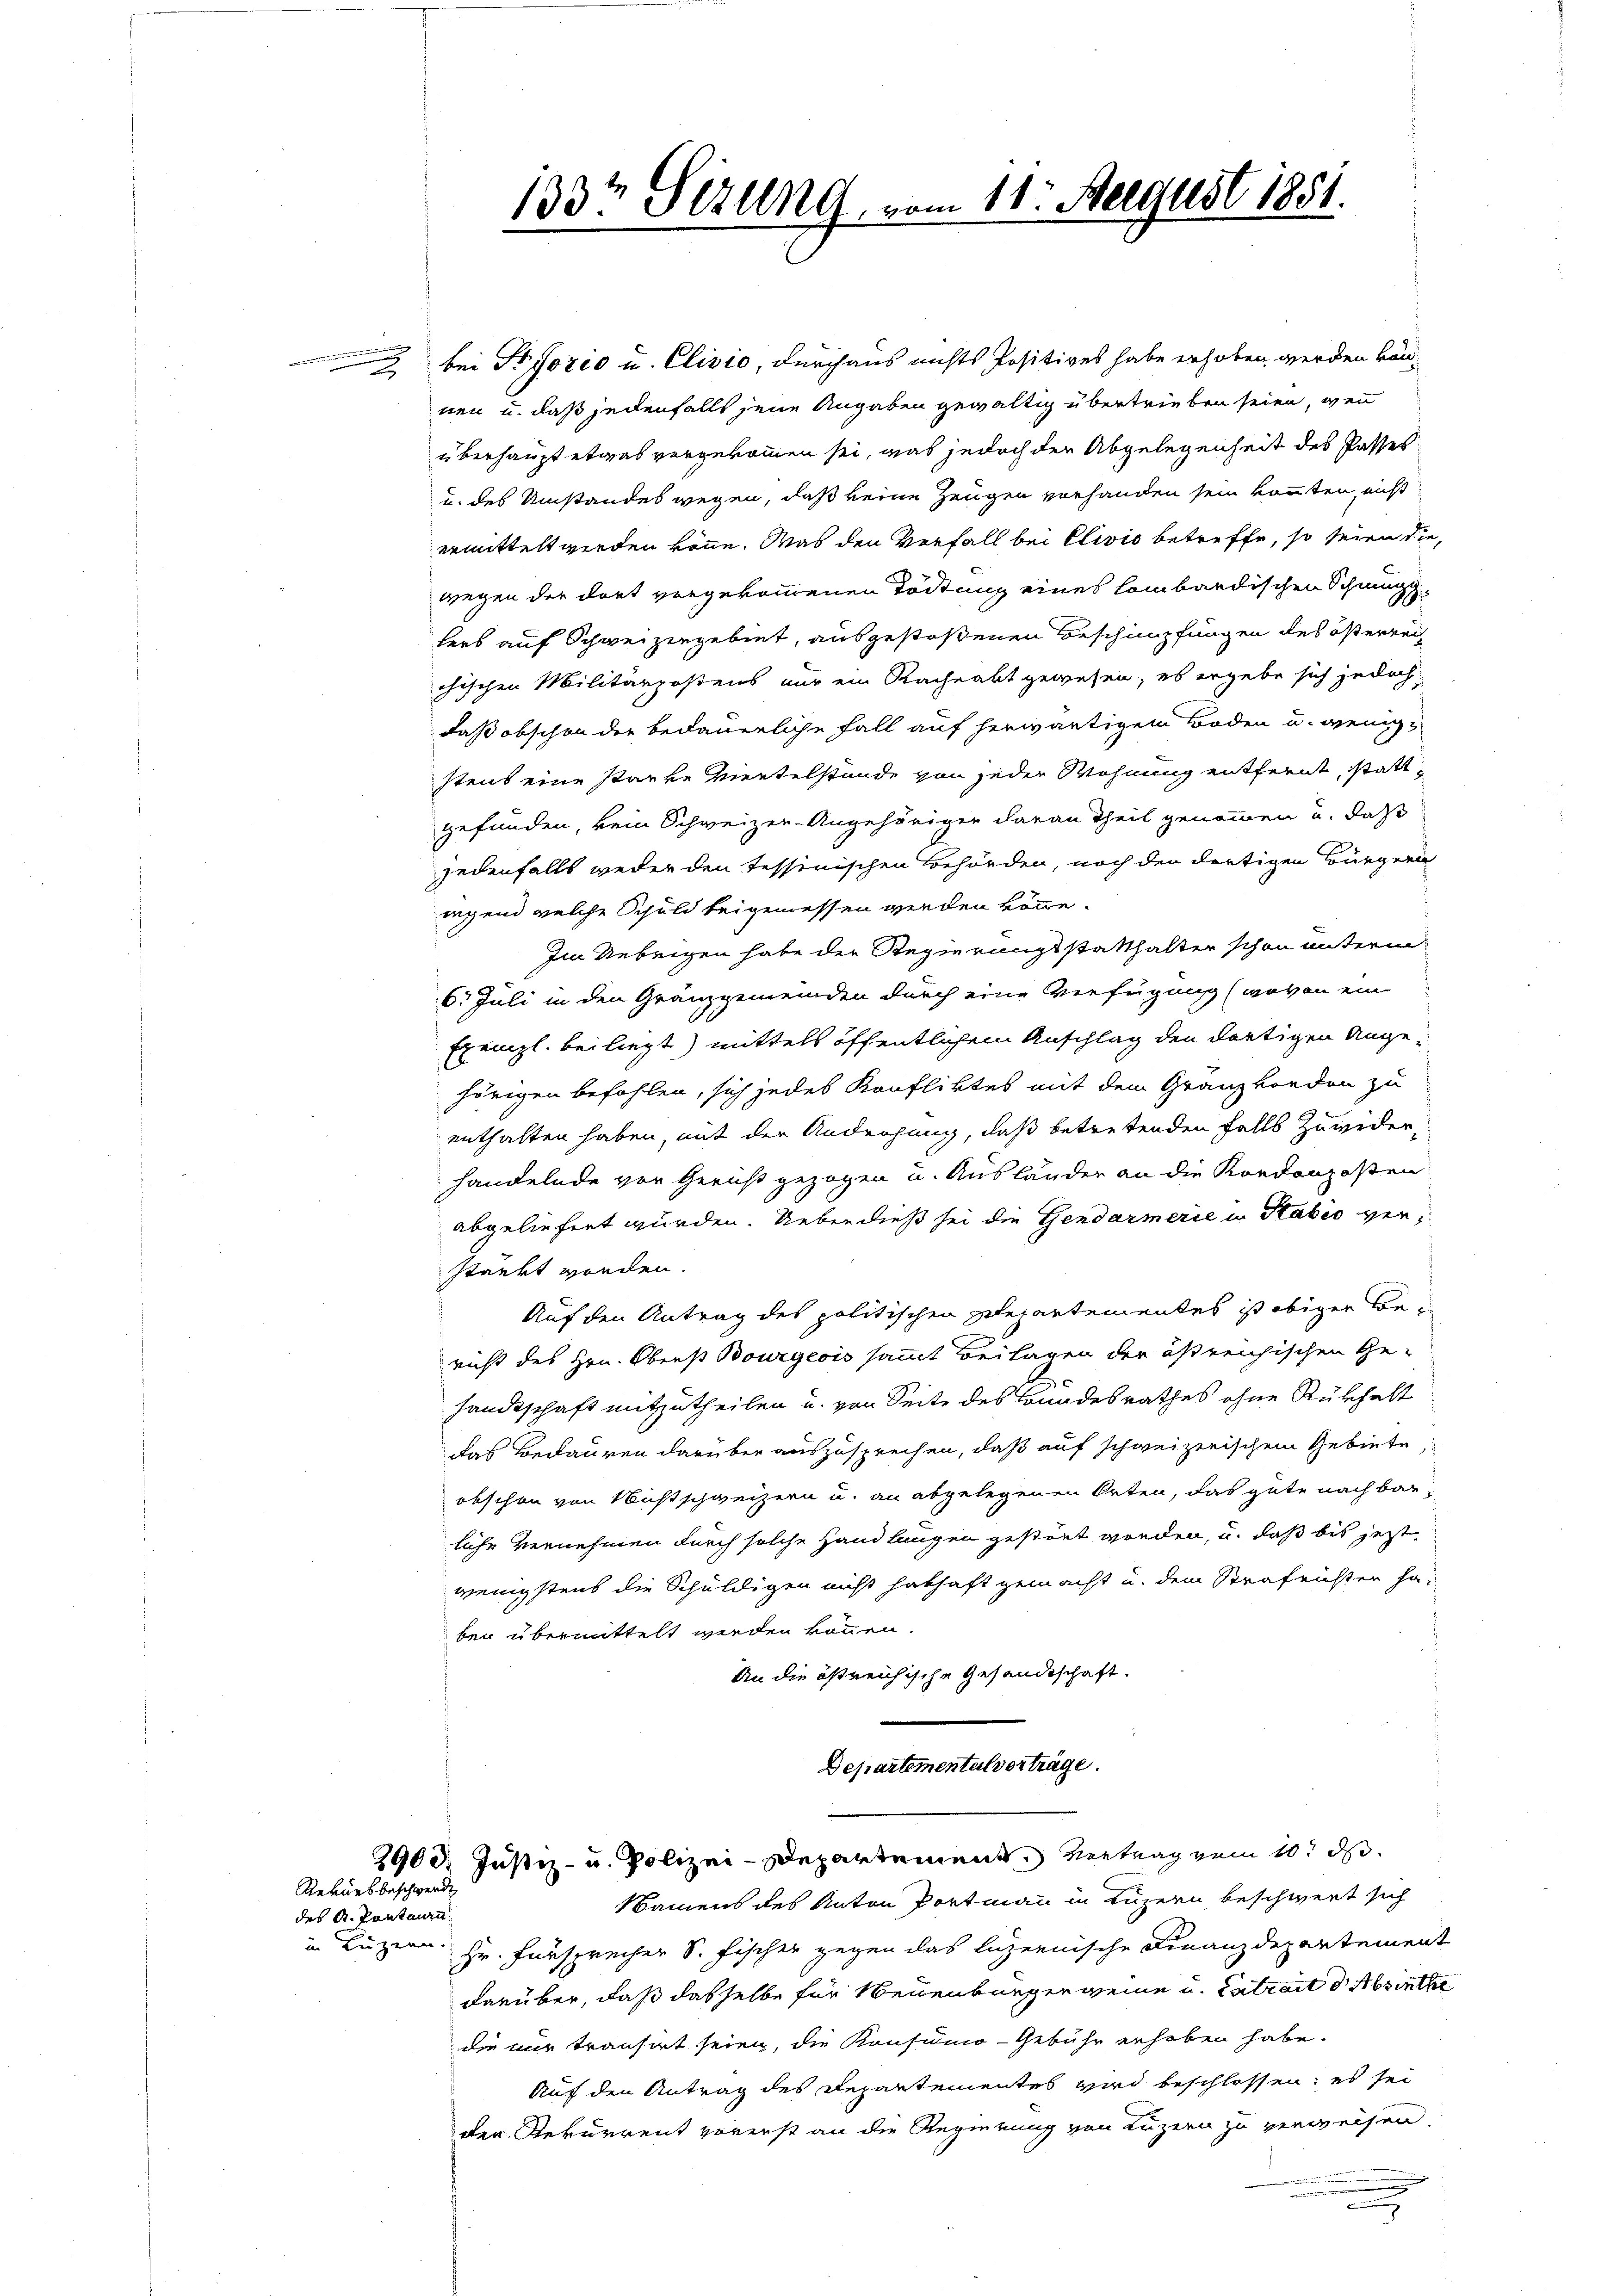
.
.

bei Pisozio u. Clivio, durchaus nichts Positives habe erhoben werden können u. daß jedenfalls jene Angaben gewältig übertrieben seien, wenn
überhaupt etwas vorgekommen sei, was jedoch der Abgelegenheit des Passes
u. des Umstandes wegen, daß keine Zeugen vorhanden sein konnten, nicht
ermittelt werden könne. Was den Vorfall bei Clivio betreffe, so seien die,
wegen der dort vergekommenen Tödtung eines lombardischen Schnung
lers auf Schweizergebiet, ausgestoßenen Beschimpfungen des österrech
chischen Militärpostens nur ein Rachnakt gewesen; es ergebe sich jedoch,
daß obschon der bedauerliche Fall auf herwärtigem Boden u. wenigstens eine starke Mertelstände von jeder Wohnung entfernt, stattgefunden, kein Schweizer-Angehöriger daran Theil genommen u. daß
jedenfalls weder den Tessinischen Behörden, noch den dortigen Bürgern
regend welche Schuld beigemessen werden könne.
Im Uebrigen habe der Regierungsstatthalter schon unterm
6. Juli in den Granzgemeinden durch eine Verfügung (wovon ein
Exempl. bei liegt) mittels öffentlichem Anschlag den dortigen Angehörigen befohlen, sich jedes Konfliktes mit dem Gränzborden zu
enthalten haben, mit der Androhung, daß betretenden Falls Zuwiderhandelnde vor Gericht gezogen u. Ausländer an die Kordanzosen
abgeliefert wurden. Ueber dieß sei die Gendarmerie in Stabio verstärkt worden.
Auf den Antrag des politischen Departementes ist obiger Bericht des Hrn. Oberst Bourgeois sammt Beilagen der östreichischen Ge-
sandtschaft mitzutheilen u. von Seite des Bundesrathes ohne Rükhalt
das Bedauren darüber auszusprechen, daß auf schweizerischem Gebiete,
obschon von Nichtschweizern u. an abgelegenen Orten, das gute nachbarliche Vernehmen durch solche Handlungen gestört werden, u. daß bis jetzt
wenigstens die Schuldigen nicht hathaft gemacht u. dem Strafrichter haben übermittelt werden können.
An die östreichische Gesandtschaft.
Departemental vorträge.

Rekursbeschwerde

des A. Portmann

133t Sezung, vom 11. August 1881.
“

2900. Justiz- u. Polizei-Departement Vertrag vom 10. d.

Namens des Anton Portmann in Luzern beschwert sich
in Luzern. Hr. Fürsprecher S. Fischer gegen das luzernische Finanzdepartement
darüber, daß dasselbe für Neuenburger weine u. Catrait der Absinthe
Die nur transirt seien, die Konsumo-Gebühr erhoben habe.
Auf den Antrag des Departementes wird beschlossen; es sei
der Rekurrent vorerst an die Regierung von Luzern zu verweisen.
.
.